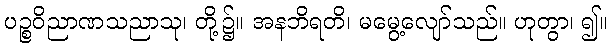
ပဉ္စဝိညာဏသညာသု၊ တို့၌။ အနဘိရတိ၊ မမွေ့လျော်သည်။ ဟုတွာ၊ ၍။